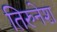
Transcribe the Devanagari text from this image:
तिरुनेश